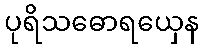
ပုရိသဓောရယှေန